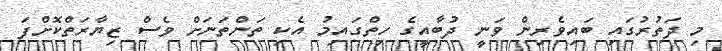
މި ދަަތުރުގައި ބައިވެރިން ވަނީ ދުބާއީގެ ހިތްގައިމު އެކި ތަންތަނަށް ވެސް ޒިޔާރަތްކޮށްފަ